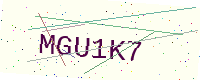
Text: MGU1K7